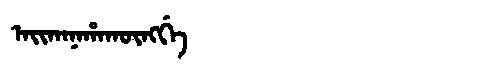
Manchu: ᠠᡳᡴᠠᠨᠠᡥᠠᡴᡡᠩᡤᡝ
Romanization: AIKANAHAKŪNGGE